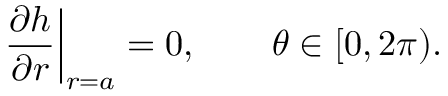
\left. \frac { \partial h } { \partial r } \right| _ { r = a } = 0 , \qquad \theta \in [ 0 , 2 \pi ) .